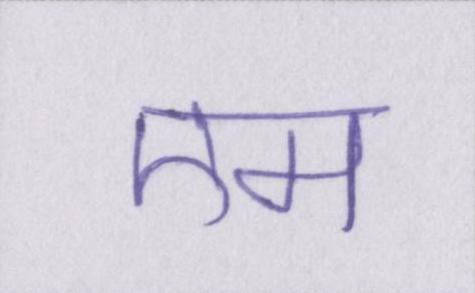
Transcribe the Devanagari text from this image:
एम